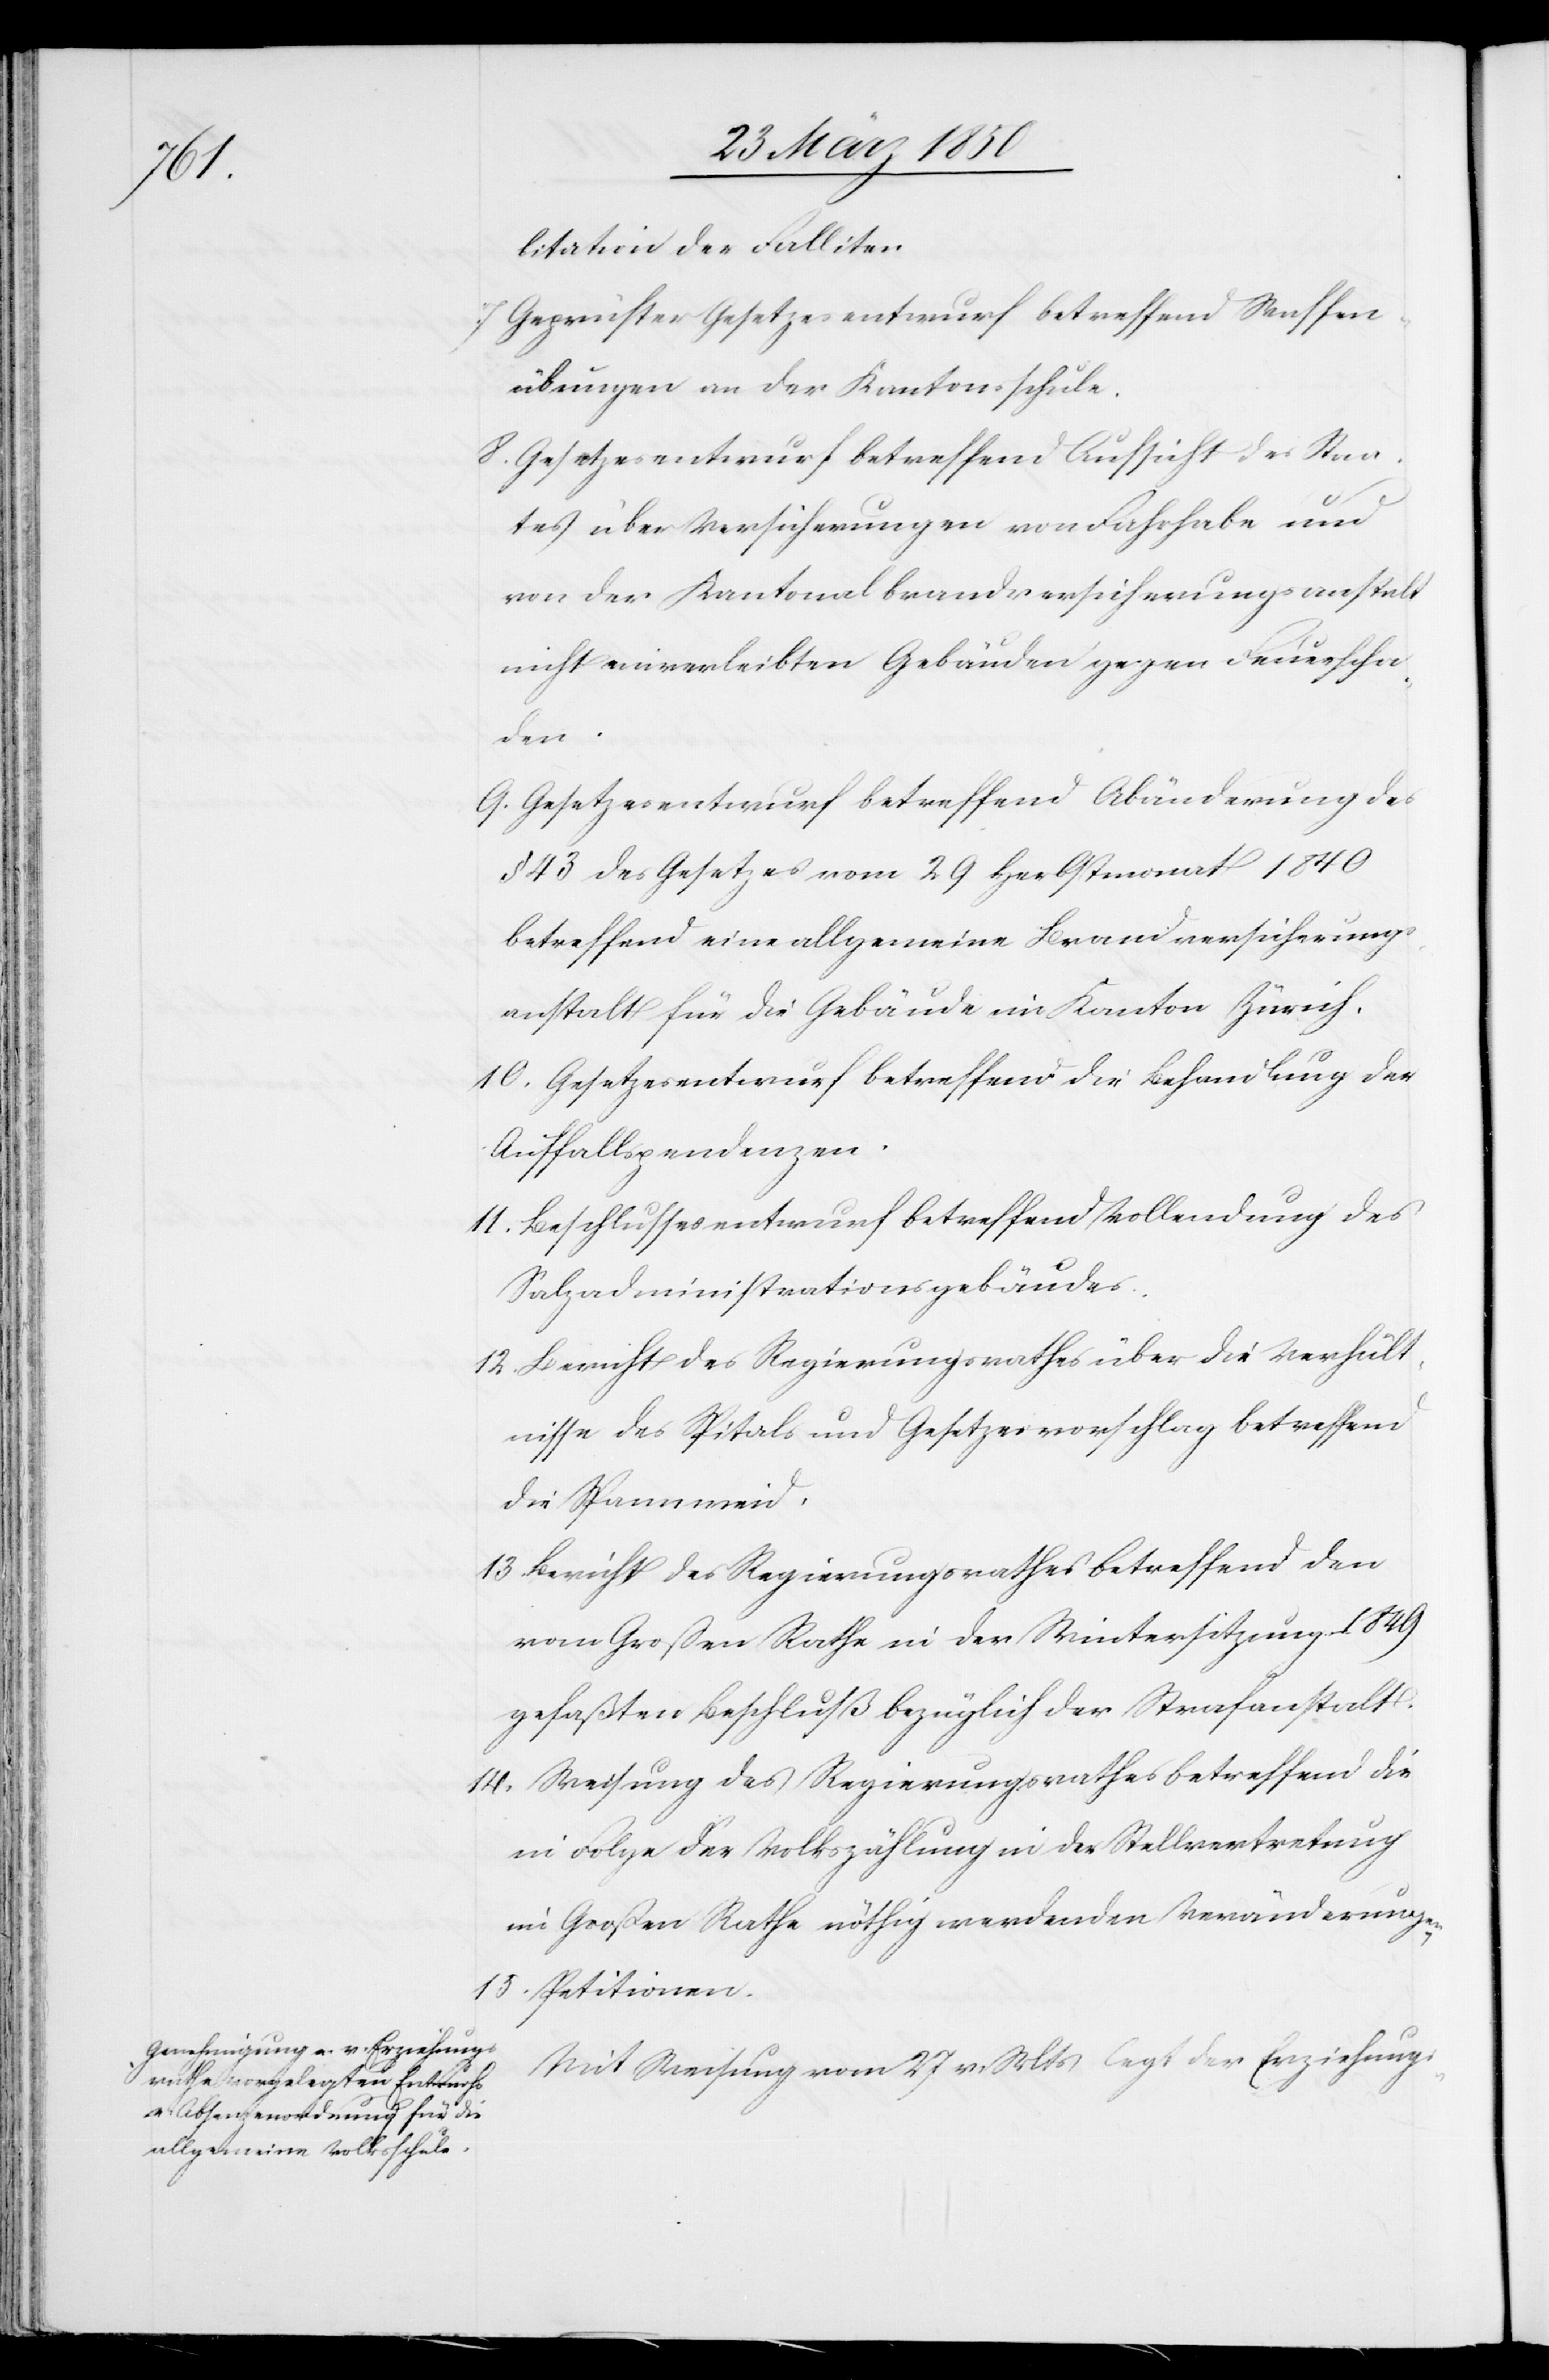
litation der Falliten
Geprüfter Gesetzesentwurf betreffend Waffen¬
übungen an der Kantonsschule.
8. Gesetzesentwurf betreffend Aufsicht des Staa¬
tes über Versicherungen von Fahrhabe und
von der Kantonalbrandversicherungsanstalt
nicht einverleibten Gebäuden gegen Feuerscha¬
den.
9. Gesetzesentwurf betreffend Abänderung des
§ 43 des Gesetzes vom 29 Herbstmonat 1849
betreffend eine allgemeine Brandversicherungs¬
anstalt für die Gebäude im Kanton Zürich.
10. Gesetzesentwurf betreffend die Behandlung der
Auffallspendenzen.
11. Beschlussesentwurf betreffend Vollendung des
Salzadministrationsgebäudes.
12 Bericht des Regierungsrathes über die Verhält¬
nisse des Spitals und Gesetzesvorschlag betreffend
die Spannweid.
13 Bericht des Regierungsrathes betreffend den
vom Großen Rathe in der Wintersitzung 1849
gefaßten Beschluß bezüglich der Strafanstalt.
14. Weisung des Regierungsrathes betreffend die
in Folge der Volkszählung in der Stellvertretung
im Großen Rathe nöthig werdenden Veränderungen.
15. Petitionen.
Mit Weisung vom 27 v. Mts legt der Erziehungs-